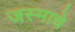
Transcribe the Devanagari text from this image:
जस्माचे